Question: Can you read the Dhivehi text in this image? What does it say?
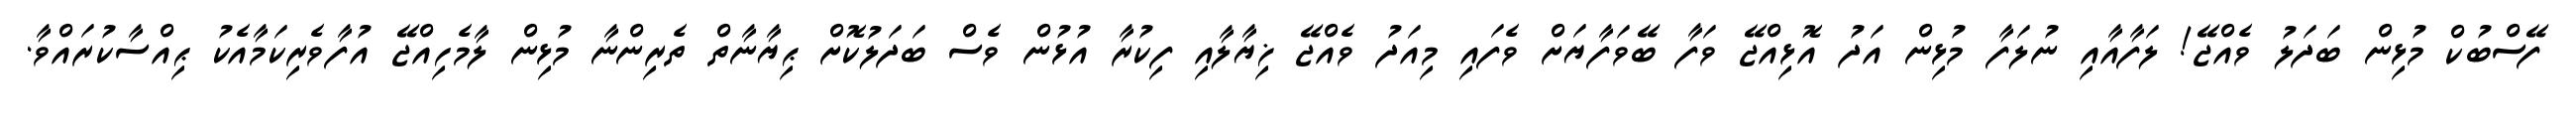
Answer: ފޭސްބުކް މުޅިން ބަދަލު ވެއްޖޭ! ލަފާއާއި ނުލަފާ މުޅިން އަދު އޮޅިއްޖޭ ވަފާ ބޭވަފާޔަށް ވެފައި މިއަދު ވެއްޖޭ ޚިޔާލާއި ފިކުރާ އުޅުން ވެސް ބަދަލުކޮށް ޙިޔާނާތް ތެރިންނާ މުޅިން ލާމެހިއްޖޭ އުފާވެރިކަމާއެކު ޙިއްސާކުރައްވާ.